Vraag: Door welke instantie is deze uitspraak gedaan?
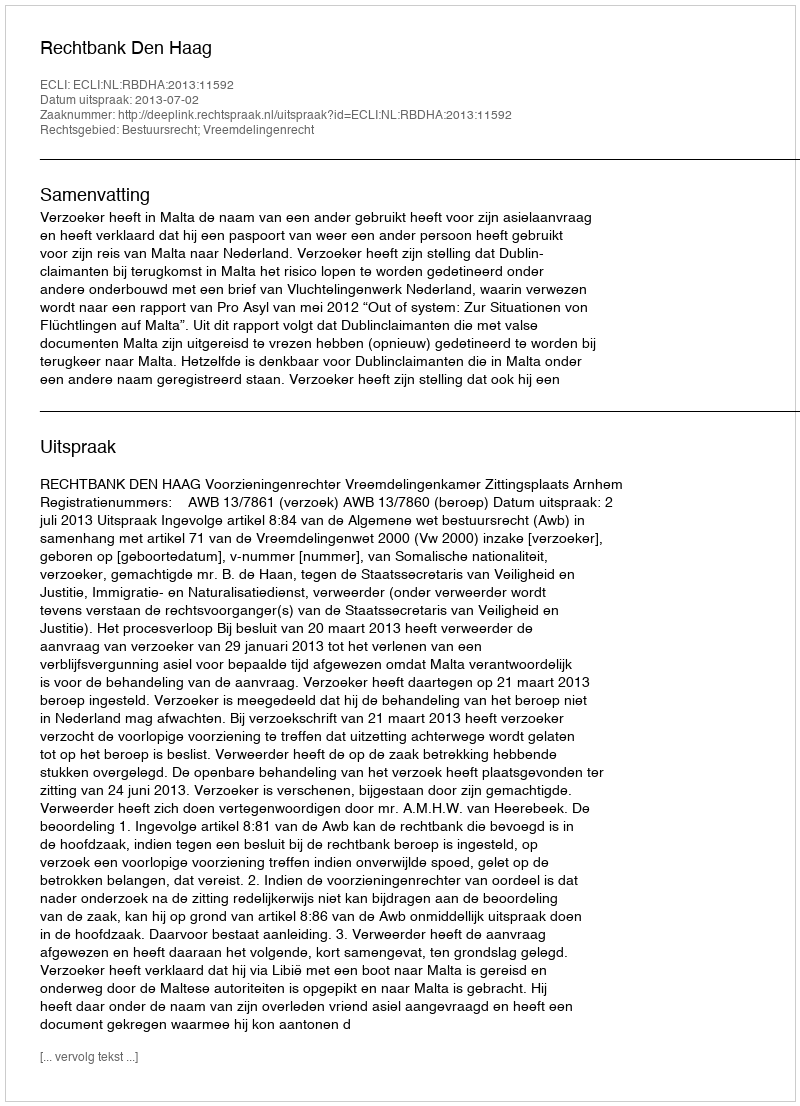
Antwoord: Rechtbank Den Haag